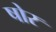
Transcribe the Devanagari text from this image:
षोर